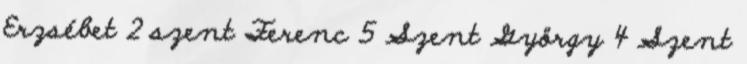
Erzsébet 2 szent Ferenc 5 Szent György 4 Szent